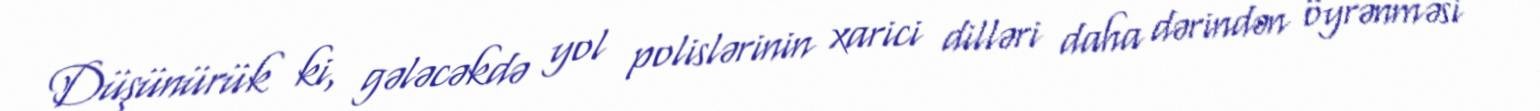
Düşünürük ki, gələcəkdə yol polislərinin xarici dilləri daha dərindən öyrənməsi